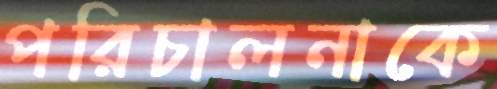
পরিচালনাকে